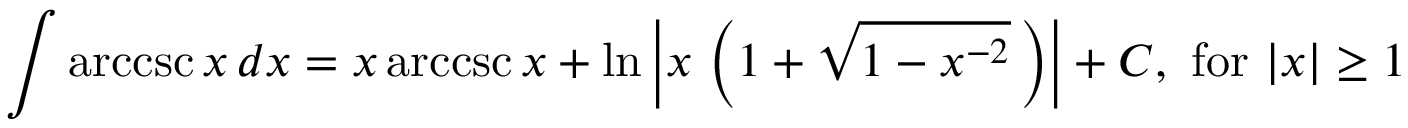
\int \operatorname { a r c c s c } { x } \, d x = x \operatorname { a r c c s c } { x } + \ln \left\vert x \, \left( 1 + { \sqrt { 1 - x ^ { - 2 } } } \, \right) \right\vert + C , { \mathrm { ~ f o r ~ } } \vert x \vert \geq 1